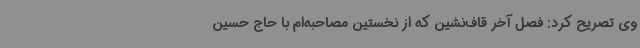
وی تصریح کرد: فصل آخر قاف‌نشین که از نخستین مصاحبه‌ام با حاج حسین